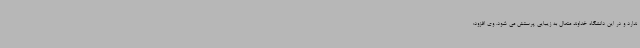
ندارد و در این دانشگاه خداوند متعال به زیبایی پرستش می شود. وی افزود: